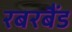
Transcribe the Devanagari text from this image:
रबरबैंड